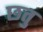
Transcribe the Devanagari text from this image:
छतु